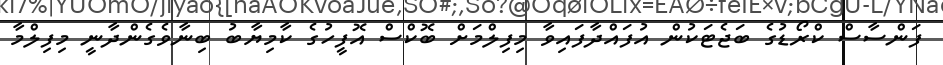
ފަންސާސް ކްރޯޑުގެ ބަޖެޓަކުން އުފައްދާފައިވާ މިފިލްމަށް ބޮކްސް އޮފީހުގެ ކާމިޔާބު ބިނާވެގެންދާނީ މިފިލްމާ